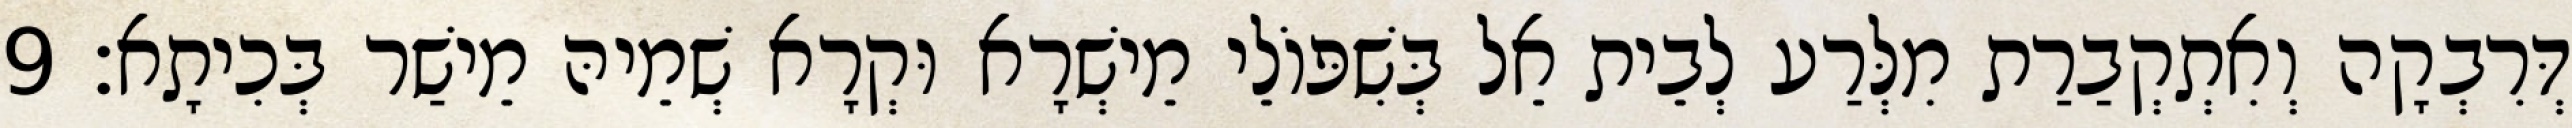
דְּרִבְקָה וְאִתְקְבַרַת מִלְּרַע לְבֵית אֵל בְּשִׁפּוֹלֵי מֵישְׁרָא וּקְרָא שְׁמֵיהּ מֵישַׁר בְּכִיתָא׃ 9